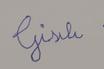
Signature authenticity: forged